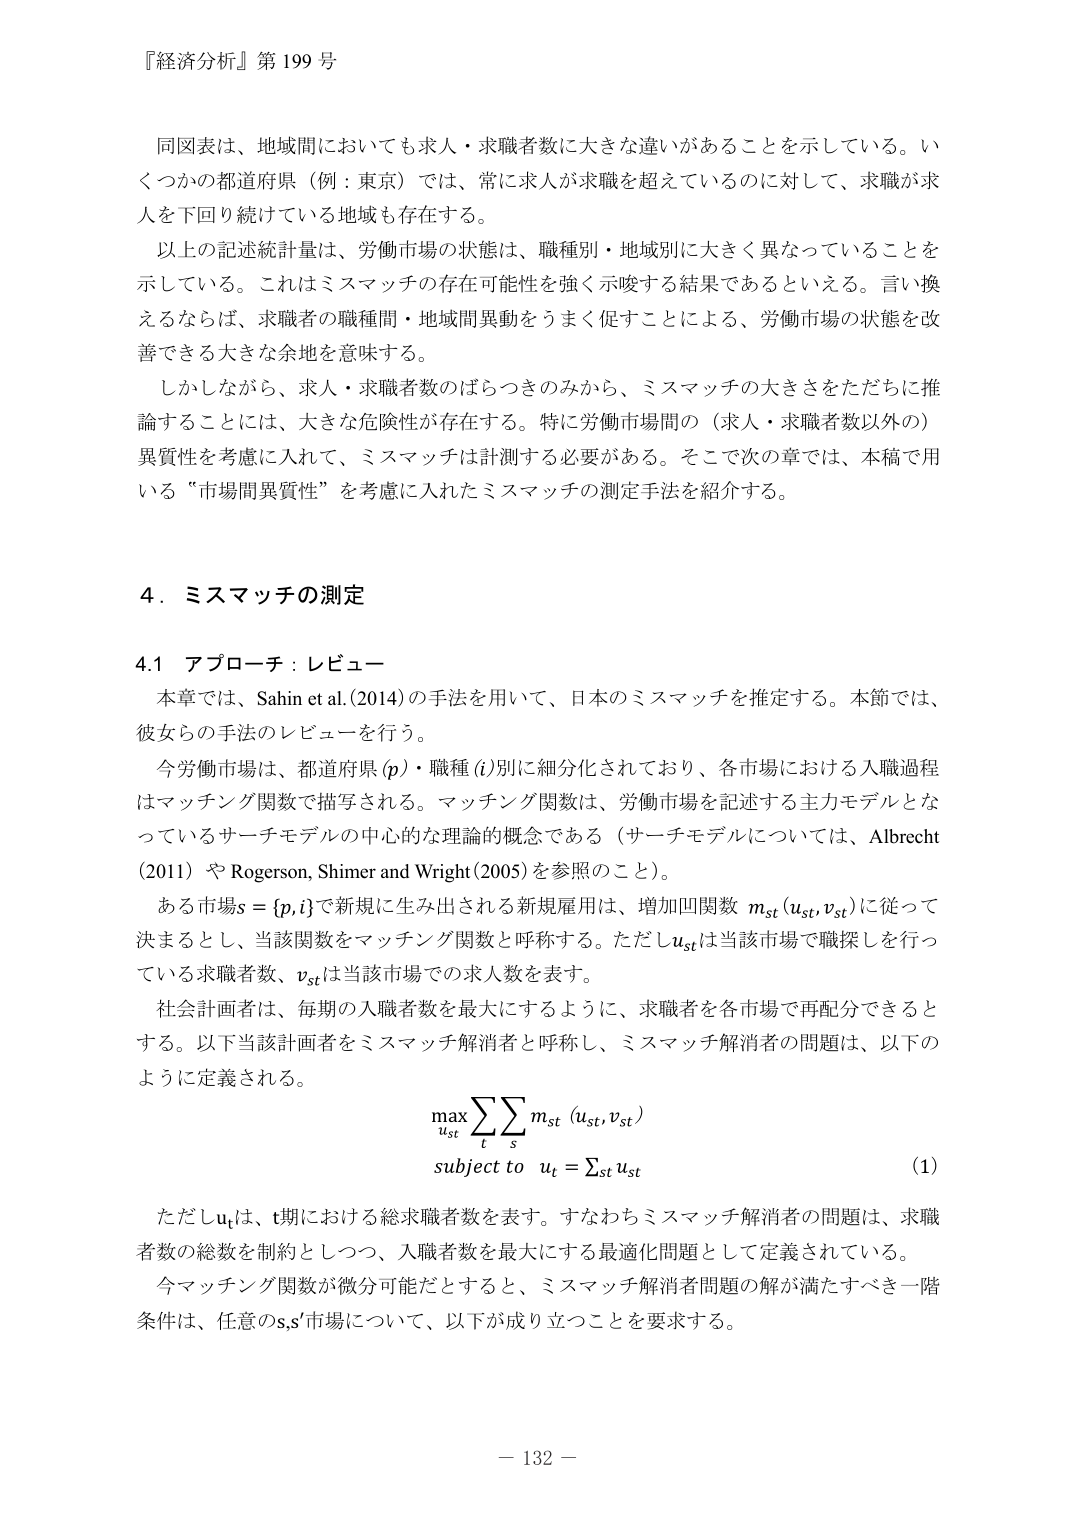
『経済分析』第199号

同図表は、地域間においても求人・求職者数に大きな違いがあることを示している。いくつかの都道府県（例：東京）では、常に求人が求職を超えているのに対して、求職が求人を下回り続けている地域も存在する。

以上の記述統計量は、労働市場の状態は、職種別・地域別に大きく異なっていることを示している。これはミスマッチの存在可能性を強く示唆する結果であるといえる。言い換えるならば、求職者の職種間・地域間異動をうまく促すことによる、労働市場の状態を改善できる大きな余地を意味する。

しかしながら、求人・求職者数のばらつきのみから、ミスマッチの大きさをただちに推論することには、大きな危険性が存在する。特に労働市場間の（求人・求職者数以外の）異質性を考慮に入れて、ミスマッチは計測する必要がある。そこで次の章では、本稿で用いる“市場間異質性”を考慮に入れたミスマッチの測定手法を紹介する。

4．ミスマッチの測定

4.1 アプローチ：レビュー

本章では、Sahin et al. (2014)の手法を用いて、日本のミスマッチを推定する。本節では、彼女らの手法のレビューを行う。

今労働市場は、都道府県(p)・職種(i)別に細分化されており、各市場における入職過程はマッチング関数で描写される。マッチング関数は、労働市場を記述する主力モデルとなっているサーチモデルの中心的な理論的概念である（サーチモデルについては、Albrecht (2011) や Rogerson, Shimer and Wright (2005)を参照のこと）。

ある市場s = {p,i}で新規に生み出される新規雇用は、増加関数 m_st (u_st, v_st)に従って決まるとし、当該関数をマッチング関数と呼称する。ただしu_stは当該市場で職探しを行っている求職者数、v_stは当該市場での求人数を表す。

社会計画者は、毎期の入職者数を最大にするように、求職者を各市場で再配分できるとする。以下当該計画者をミスマッチ解消者と呼称し、ミスマッチ解消者の問題は、以下のように定義される。

max ∑∑ m_st (u_st, v_st)
     u_st   t   s
subject to  u_t = ∑_st u_st
                             (1)

ただしu_tは、t期における総求職者数を表す。すなわちミスマッチ解消者の問題は、求職者数の総数を制約としつつ、入職者数を最大化する最適化問題として定義されている。

今マッチング関数が微分可能だとすると、ミスマッチ解消者問題の解が満たすべき一階条件は、任意のs,s'市場について、以下が成り立つことを要求する。

－132－